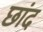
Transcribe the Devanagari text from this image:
छांद